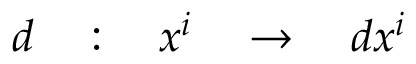
d \quad : \quad x ^ { i } \quad \rightarrow \quad d x ^ { i }